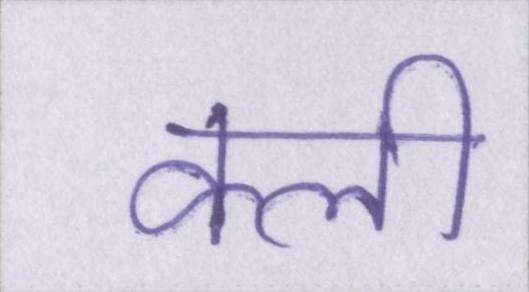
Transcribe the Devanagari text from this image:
क्ली